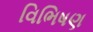
વિભિષણ